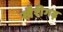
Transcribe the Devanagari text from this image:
खैरीगढ़